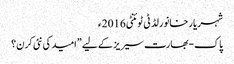
شہریار خانورلڈ ٹی ٹوئنٹی 2016ء
پاک-بھارت سیریز کے لیے ”امید کی نئی کرن؟